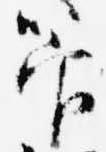
管